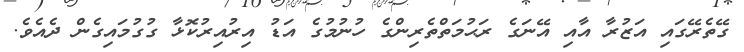
ގޭތެރޭގައި އަޒުރާ އާއި އޭނަގެ ރަޙުމަތްތެރިންގެ ހުނުމުގެ އަޑު އިރުއިރުކޮޅާ ގުގުމައިގެން ދެއެވެ.